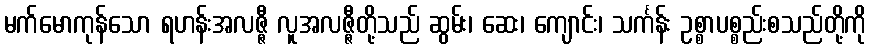
မက်မောကုန်သော ရဟန်းအလဇ္ဇီ လူအလဇ္ဇီတို့သည် ဆွမ်း၊ ဆေး၊ ကျောင်း၊ သင်္ကန်း ဥစ္စာပစ္စည်းစသည်တို့ကို